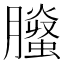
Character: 𦢅